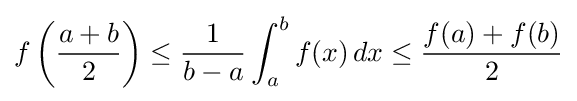
f\left({\frac {a+b}{2}}\right)\leq {\frac {1}{b-a}}\int _{a}^{b}f(x)\,dx\leq {\frac {f(a)+f(b)}{2}}